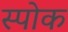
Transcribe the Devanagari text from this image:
स्‍पोक